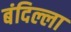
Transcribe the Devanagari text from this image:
बंदिल्ला